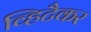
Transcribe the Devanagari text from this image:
व्हिटैकर